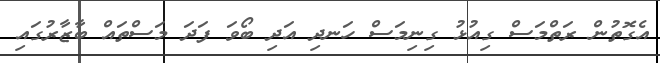
އެގޮތުން ރަތްމަސް ގިއުޅު ގިނިމަސް ހަނދި އަދި ބޯވަ ފަދަ މަސްތައް ބާޒާރުގައި